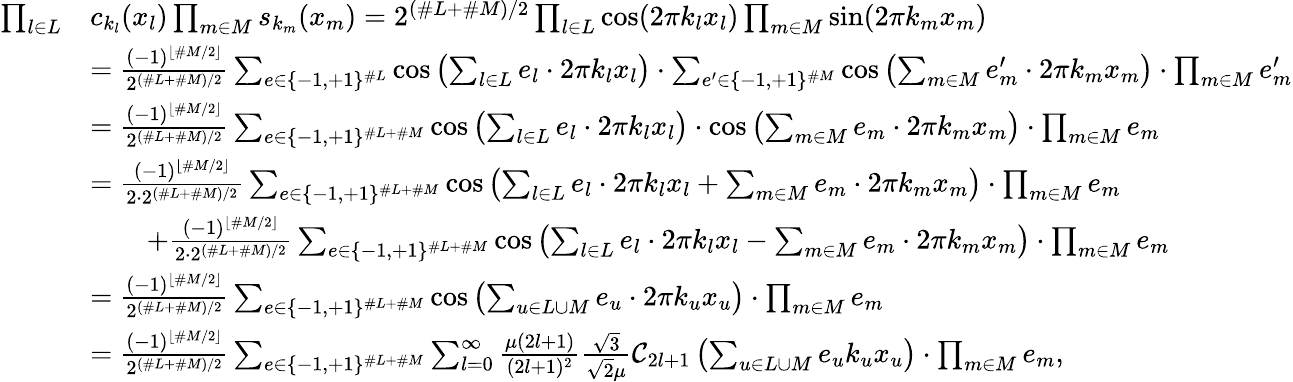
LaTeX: \begin{array}{rl}{\prod_{l\in L}}&{c_{k_{l}}(x_{l})\prod_{m\in M}s_{k_{m}}(x_{m})=2^{(\# L+\# M)/2}\prod_{l\in L}\cos(2\pi k_{l}x_{l})\prod_{m\in M}\sin(2\pi k_{m}x_{m})}\\ &{=\frac{(-1)^{\lfloor\# M/2\rfloor}}{2^{(\# L+\# M)/2}}\sum_{e\in\{ -1,+1\} ^{\# L}}\cos\left(\sum_{l\in L}e_{l}\cdot 2\pi k_{l}x_{l}\right)\cdot\sum_{e^{\prime}\in\{ -1,+1\} ^{\# M}}\cos\left(\sum_{m\in M}e_{m}^{\prime}\cdot 2\pi k_{m}x_{m}\right)\cdot\prod_{m\in M}e_{m}^{\prime}}\\ &{=\frac{(-1)^{\lfloor\# M/2\rfloor}}{2^{(\# L+\# M)/2}}\sum_{e\in\{ -1,+1\} ^{\# L+\# M}}\cos\left(\sum_{l\in L}e_{l}\cdot 2\pi k_{l}x_{l}\right)\cdot\cos\left(\sum_{m\in M}e_{m}\cdot 2\pi k_{m}x_{m}\right)\cdot\prod_{m\in M}e_{m}}\\ &{=\frac{(-1)^{\lfloor\# M/2\rfloor}}{2\cdot 2^{(\# L+\# M)/2}}\sum_{e\in\{ -1,+1\} ^{\# L+\# M}}\cos\left(\sum_{l\in L}e_{l}\cdot 2\pi k_{l}x_{l}+\sum_{m\in M}e_{m}\cdot 2\pi k_{m}x_{m}\right)\cdot\prod_{m\in M}e_{m}}\\ &{\qquad+\frac{(-1)^{\lfloor\# M/2\rfloor}}{2\cdot 2^{(\# L+\# M)/2}}\sum_{e\in\{ -1,+1\} ^{\# L+\# M}}\cos\left(\sum_{l\in L}e_{l}\cdot 2\pi k_{l}x_{l}-\sum_{m\in M}e_{m}\cdot 2\pi k_{m}x_{m}\right)\cdot\prod_{m\in M}e_{m}}\\ &{=\frac{(-1)^{\lfloor\# M/2\rfloor}}{2^{(\# L+\# M)/2}}\sum_{e\in\{ -1,+1\} ^{\# L+\# M}}\cos\left(\sum_{u\in L\cup M}e_{u}\cdot 2\pi k_{u}x_{u}\right)\cdot\prod_{m\in M}e_{m}}\\ &{=\frac{(-1)^{\lfloor\# M/2\rfloor}}{2^{(\# L+\# M)/2}}\sum_{e\in\{ -1,+1\} ^{\# L+\# M}}\sum_{l=0}^{\infty}\frac{\mu(2l+1)}{(2l+1)^{2}}\frac{\sqrt{3}}{\sqrt{2}\mu}{\mathcal C}_{{2l+1}}\left(\sum_{u\in L\cup M}e_{u}k_{u}x_{u}\right)\cdot\prod_{m\in M}e_{m},}\end{array}